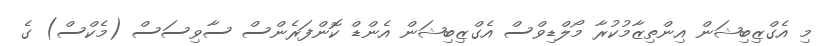
މި އެގްޒިބިޝަން އިންތިޒާމުކުރާ މޯލްޑިވްސް އެގްޒިބިޝަން އެންޑް ކޮންފަރެންސް ސާވިސަސް (މެކްސް) ގެ